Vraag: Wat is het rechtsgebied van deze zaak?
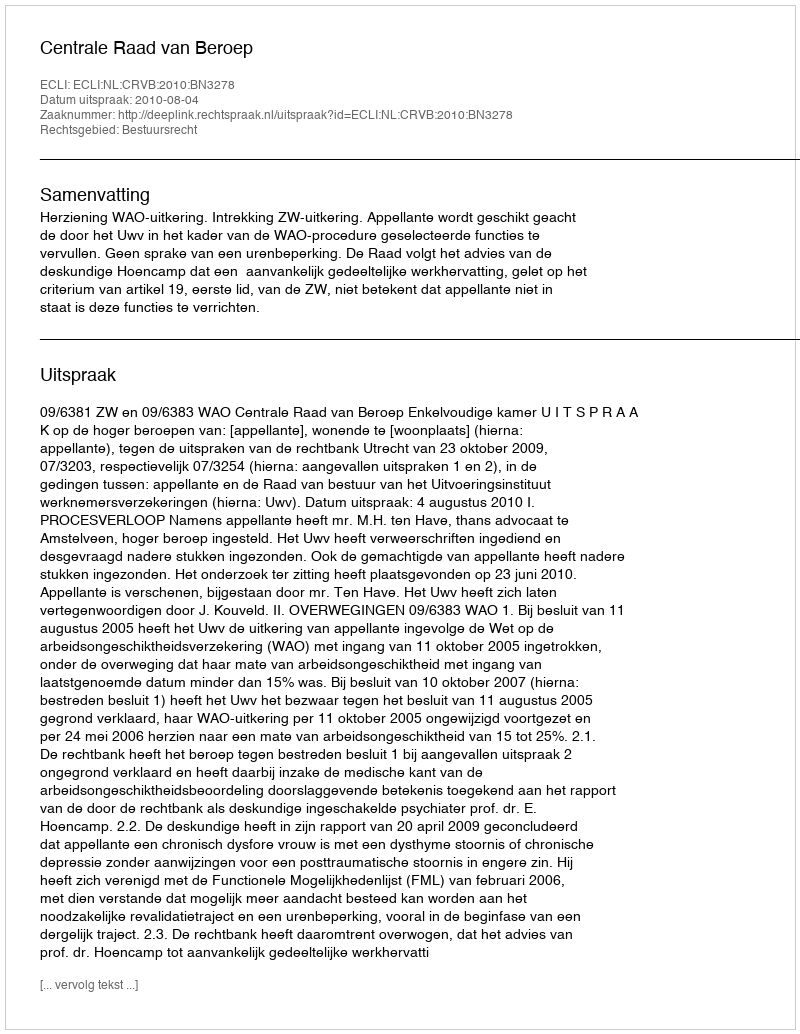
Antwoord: Bestuursrecht